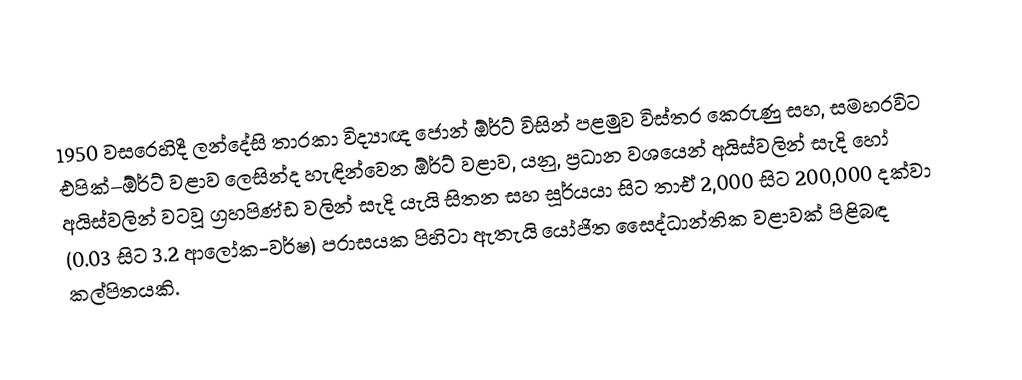
1950 වසරෙහිදී ලන්දේසි තාරකා විද්‍යාඥ ජොන් ඕර්ට් විසින් පළමුව විස්තර කෙරුණු සහ,  සමහරවිට එපික්–ඕර්ට් වළාව  ලෙසින්ද හැඳින්වෙන ඕර්ට් වළාව,  යනු, ප්‍රධාන වශයෙන් අයිස්වලින් සැදි හෝ අයිස්වලින් වටවූ ග්‍රහපිණ්ඩ වලින් සැදි යැයි සිතන සහ   සූර්යයා සිට තාඒ 2,000 සිට 200,000 දක්වා (0.03 සිට 3.2 ආලෝක-වර්ෂ) පරාසයක පිහිටා ඇතැයි යෝජිත සෛද්ධාන්තික වළාවක් පිළිබඳ කල්පිතයකි.